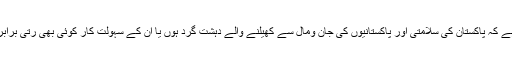
بہت ادب کیساتھ عرض ہے کہ پاکستان کی سلامتی اور پاکستانیوں کی جان ومال سے کھیلنے والے دہشت گرد ہوں یا ان کے سہولت کار کوئی بھی رتی برابر رعایت کا مستحق نہیں۔